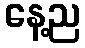
နေ့ည